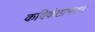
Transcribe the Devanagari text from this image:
कविकंठाभरण